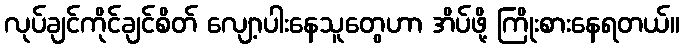
လုပ်ချင်ကိုင်ချင်စိတ် လျော့ပါးနေသူတွေဟာ အိပ်ဖို့ ကြိုးစားနေရတယ်။